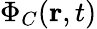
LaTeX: \Phi_{C}({\mathbf r},t)